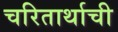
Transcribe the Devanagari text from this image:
चरितार्थाची